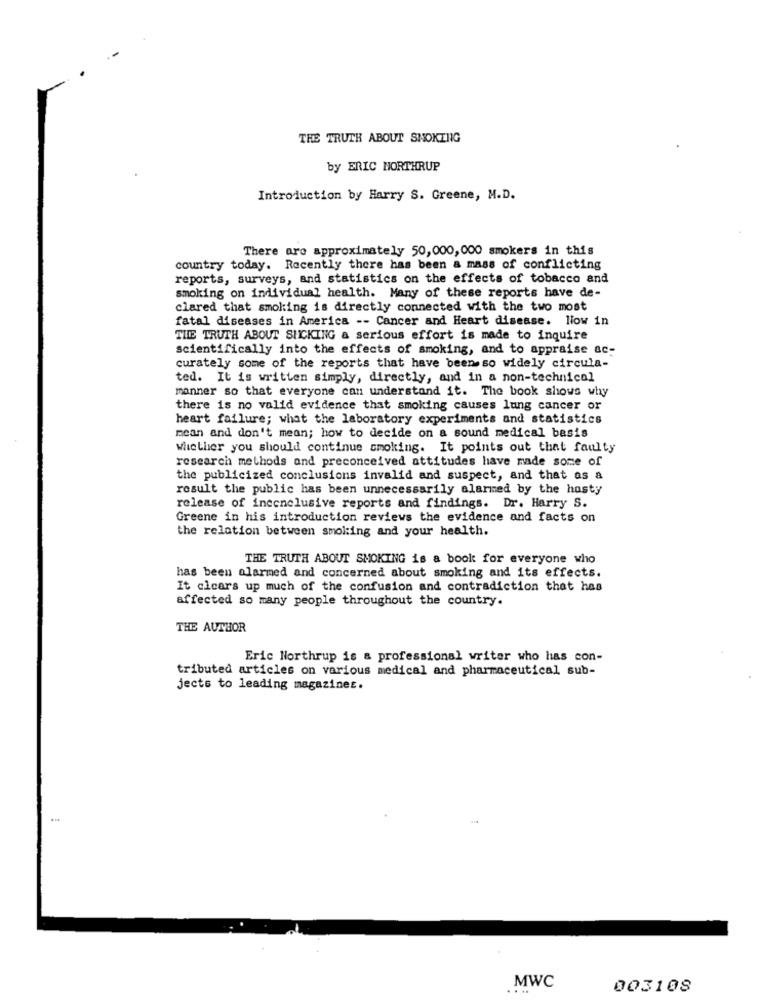
THE TRUTH ABOUT SMOKING
by ERIC NORTHRUP
Introduction by Harry S. Greene, M.D.
There are approximately 50,000,000 smokers in this
country today. Recently there has been a mass of conflicting
reports, surveys, and statistics on the effects of tobacco and
smoking on individual health. Many of these reports have de-
clared that smoking is directly connected with the two most
fatal diseases in America -- Cancer and Heart disease. low in
THE TRUTH ABOUT SUCKING a serious effort is made to inquire
scientifically into the effects of smoking, and to appraise ac-
curately some of the reports that have been so widely circula-
ted. It is written simply, directly, and in a non-technical
manner so that everyone can understand it. The book shows why
there is no valid evidence that smoking causes lung cancer or
heart failure; what the laboratory experiments and statistics
mean and don't mean; how to decide on a sound medical basis
whether you should continue smoking. It points out that faulty
research methods and preconceived attitudes have made some of
the publicized conclusions invalid and suspect, and that as a
result the public has been unnecessarily alarmed by the hosty
release of inconclusive reports and findings. Dr. Harry S.
Greene in his introduction reviews the evidence and facts on
the relation between smoking and your health.
THE TRUTH ABOUT SMOKING is a book for everyone who
has been alarmed and concerned about smoking and its effects.
It cicars up much of the confusion and contradiction that has
affected so many people throughout the country.
THE AUTHOR
Eric Northrup is a professional writer who has con-
tributed articles on various medical and pharmaceutical sub-
jects to leading magazines.
MWC
003108